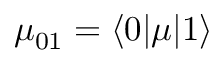
\mu _ { 0 1 } = \langle 0 \vert \mu \vert 1 \rangle